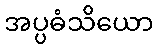
အပ္ပဓံသိယော